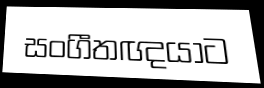
සංගීතඥයාට